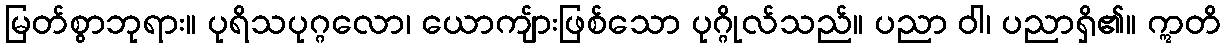
မြတ်စွာဘုရား။ ပုရိသပုဂ္ဂလော၊ ယောကျ်ားဖြစ်သော ပုဂ္ဂိုလ်သည်။ ပညာ ဝါ၊ ပညာရှိ၏။ ဣတိ